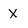
Character: X